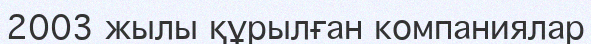
2003 жылы құрылған компаниялар